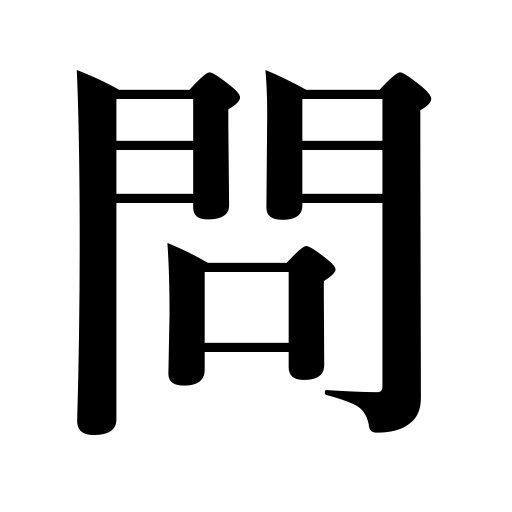
Meanings: discussion,problem,inquire,accuse,Inquiry,question,subject,ask